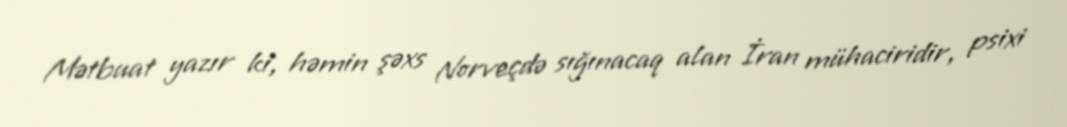
Mətbuat yazır ki, həmin şəxs Norveçdə sığınacaq alan İran mühaciridir, psixi